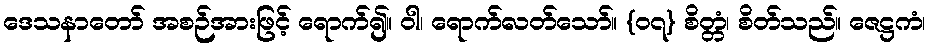
ဒေသနာတော် အစဉ်အားဖြင့် ရောက်၍။ ဝါ၊ ရောက်လတ်သော်။ {၀၇} စိတ္တံ၊ စိတ်သည်။ ဇေဋ္ဌကံ၊